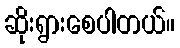
ဆိုးရွားစေပါတယ်။